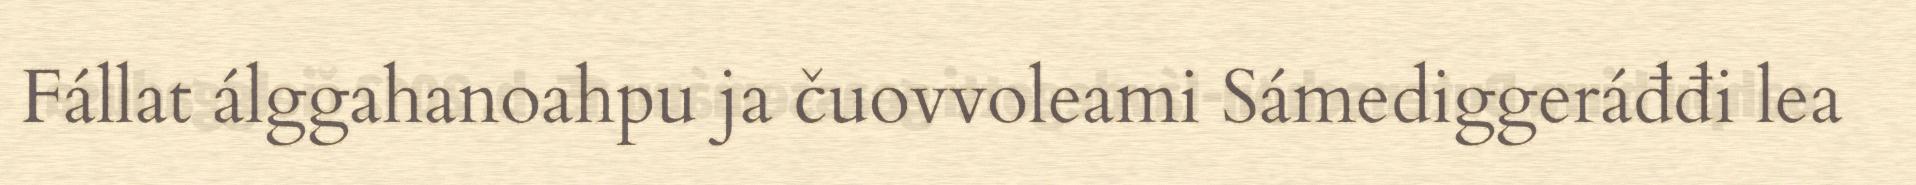
Fállat álggahanoahpu ja čuovvoleami Sámediggeráđđi lea